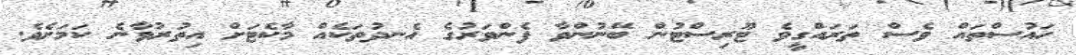
ހައުސްތައް ވެސް ތަރައްގީވެ ޓޫރިސްޓުން ބޭނުންވާ ފެންވަރުގެ އެނދުތަކެއް މާކެޓަށް އިތުރުވާނެ ކަމަށެވެ.